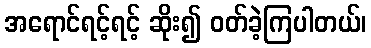
အရောင်ရင့်ရင့် ဆိုး၍ ဝတ်ခဲ့ကြပါတယ်၊